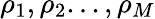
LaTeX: \rho_{1},\rho_{2}...,\rho_{M}